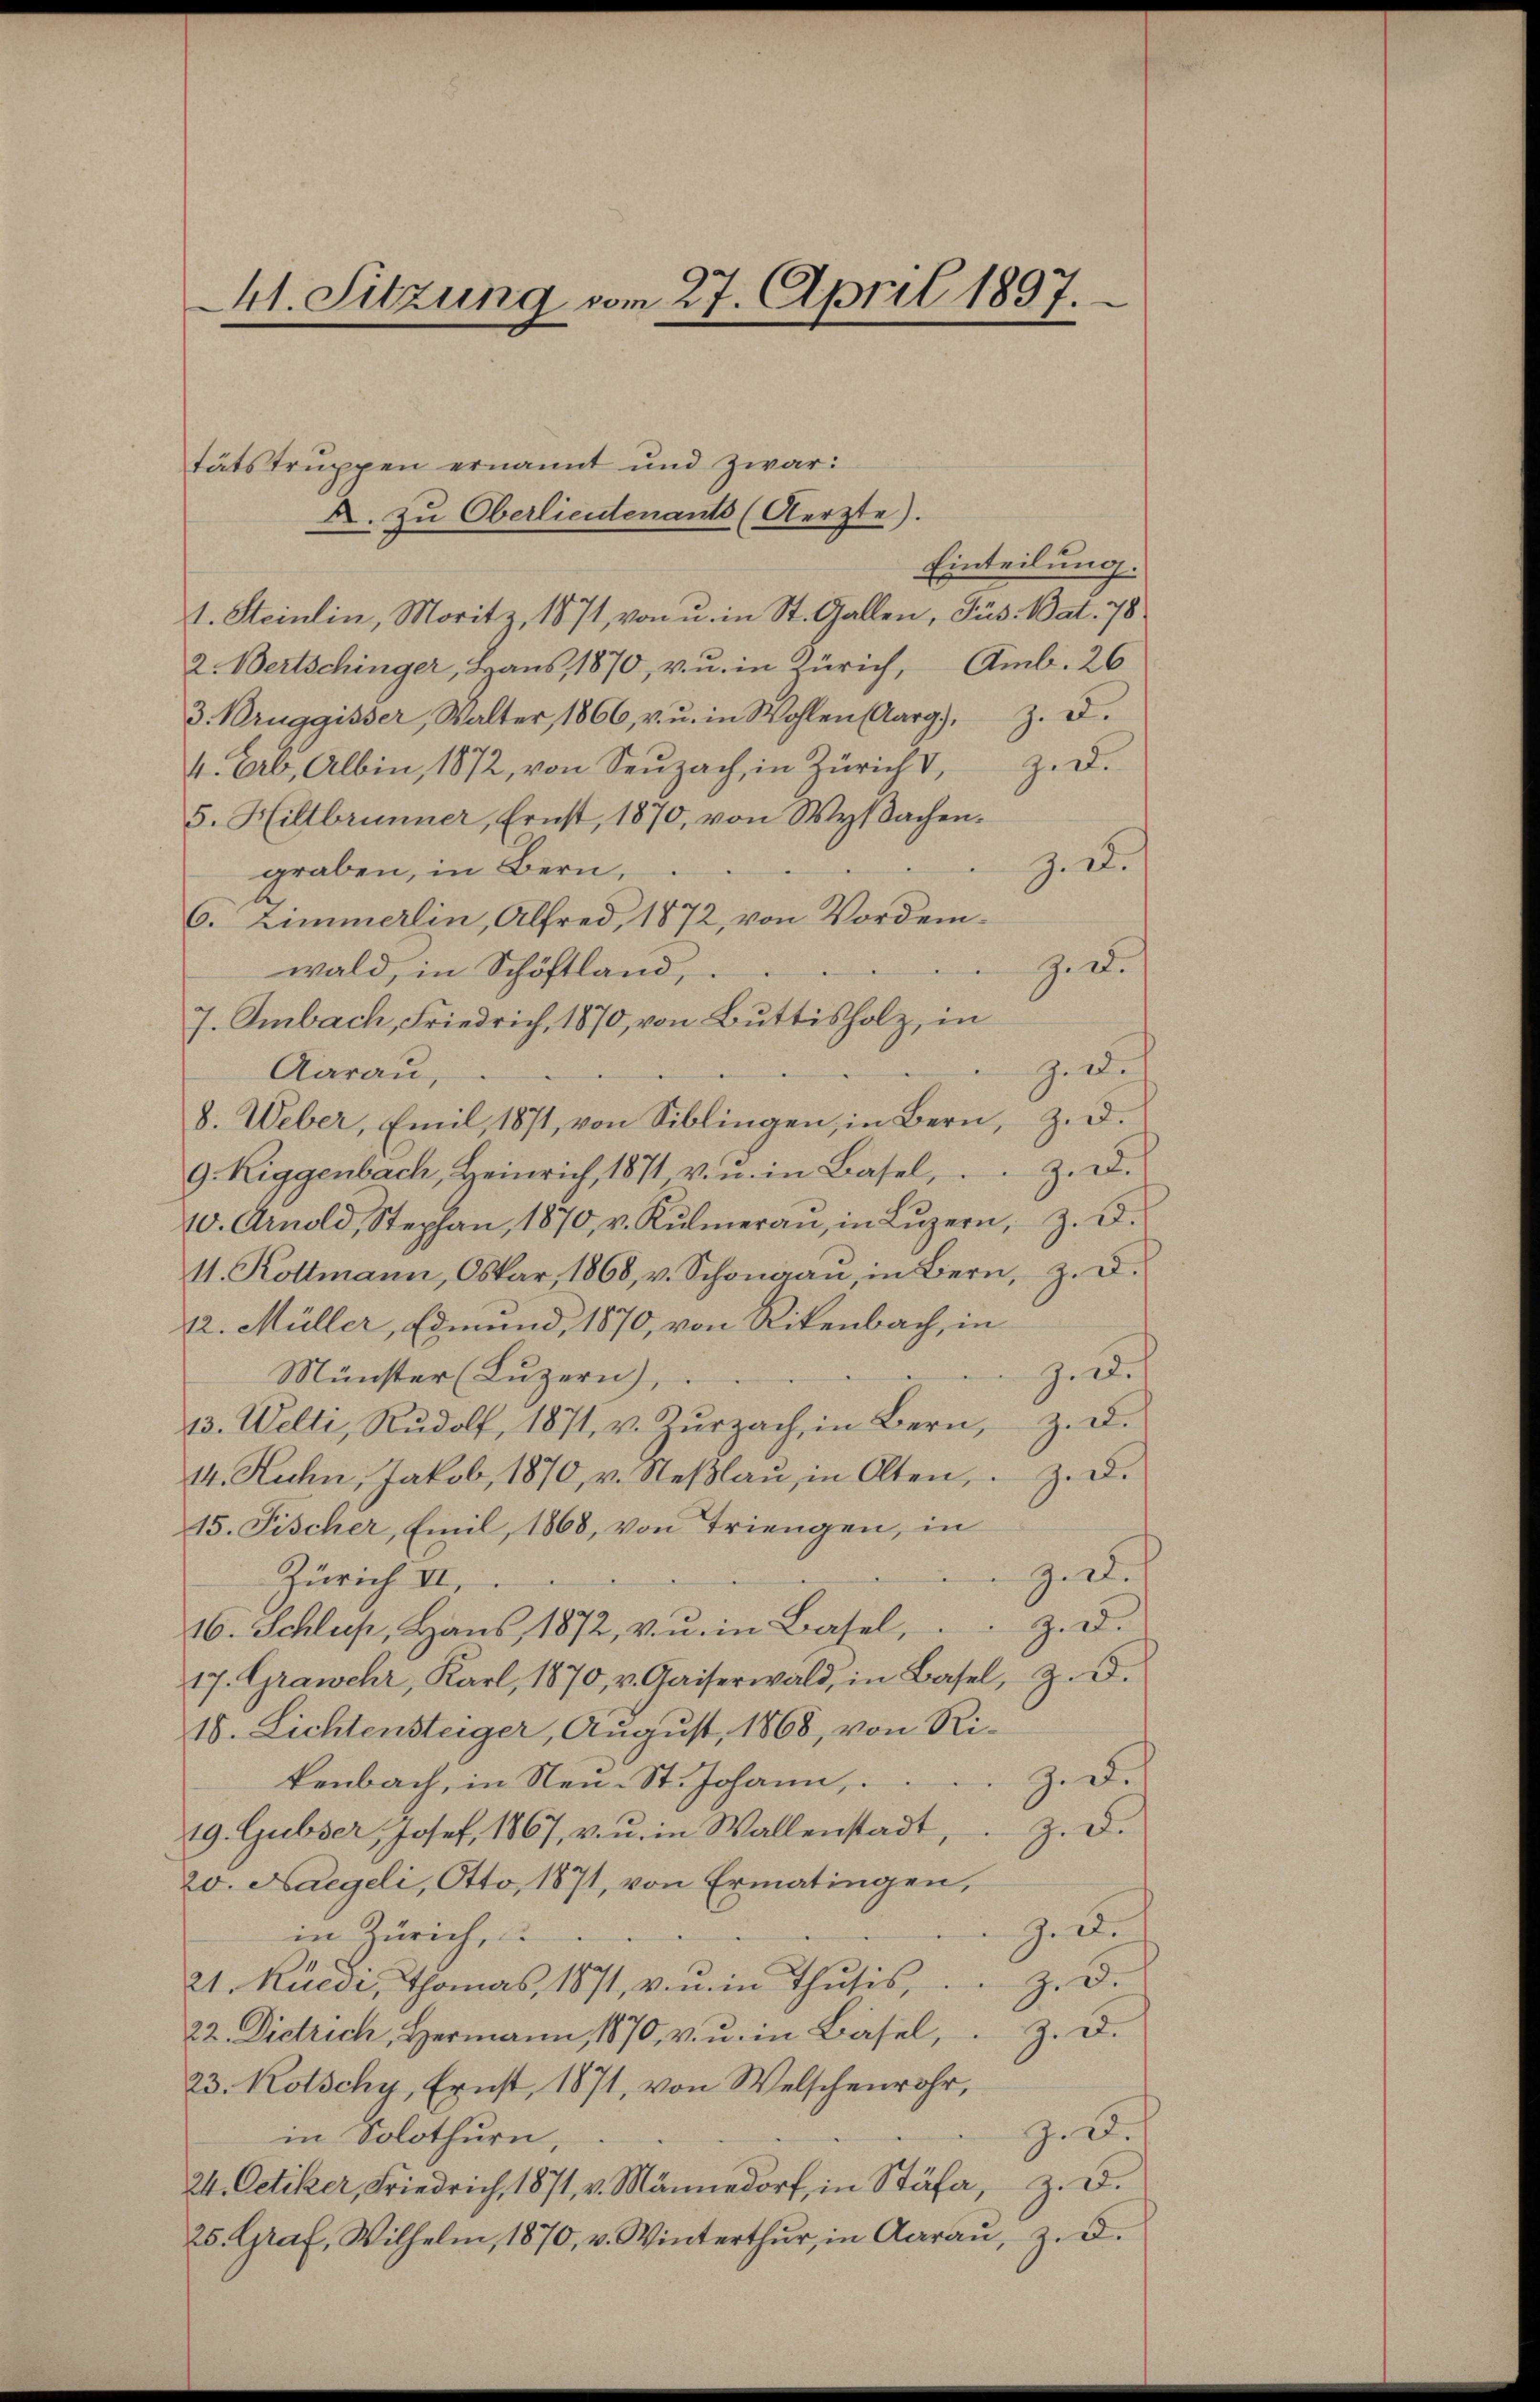
41. Sitzung vom 27. April 1897.

tätstruppen ernannt und zwar:
A. zu Oberlieutenants (Aerzte).
1. Steinlin, Moritz, 1871, von u. in St. Gallen, Jus. Bat. 78
2. Bertschinger, Hans, 1870, v. u. in Zürich, Amb. 26
3. Bruggisser, Walter, 1866, v. u. in Wohlen (Aarg), z. B.
get.
4. Ab. Albin, 1872, von Seuzach, in Züricht,
5. Hiltbrunner, Ernst, 1870, von Wyβachen.
Z. I.
graben, in Bern,
6. Zimmerlin, Alfred, 1872, von Vordem¬
G. d.
wald, in Schöstland,
7. Ambach, Friedrich, 1870, von Buttisholz, in
ziwil
Aarau,
8. Weber, Emil, 1871, von Siblingen, in Bern, z. B.
zet
9. Riggenbach, Heinrich, 1871, v. u. in Basel,
20. Arnold, Stephan, 1870, v. Kŭlmeran, in Lŭzern, z. B.
11. Kottmann, Oskar, 1868, v. Schonaan, in Bern, z. d.
12. Müller, Edmund, 1870, von Rikenbach, in
G. 22.
Münster (Luzern),
43. Welti, Rŭdolf, 1871, v. Zŭrzach, in Bern, z. d.
14. Kuhn, Jakob, 1870, v. Neβlaŭ in Olten, z. d.
15. Fischer, Emil, 1868, von Triengen, in
J. R.
Zürich II.
Z. d.
16. Schluß, Haŭs, 1872, v. u. in Basel,
17. Grawehr, Karl, 1870, v. Gaiserwald, in Basel, Z. d.
15. Lichtensteiger, August 1868, von Ri¬
Z. B.
kenbach, in Neu-St. Johann,
19. Gubser, Josef. 1867, von in Wallenstadt, z. d.
20. Nageli, Otto, 1871, von Ermatingen,
gelbe
in Zürich,
Z. d.
21. Rüedi, Thomas, 1871, v. u. in Thusis,
22. Dietrich, Hermann, 1870, v. u. in Basel, z. d.
23. Kotschy, Ernst, 1871, von Welschenrohr,
Z. B.
in Solothurn,
24. Oetiker, Friedrich, 1871, v. Männedorf, in Stäfa, z. B.
25. Graf, Wilhelm, 1870, v. Winterthur, in Aarau, z. d.

Einteilung.